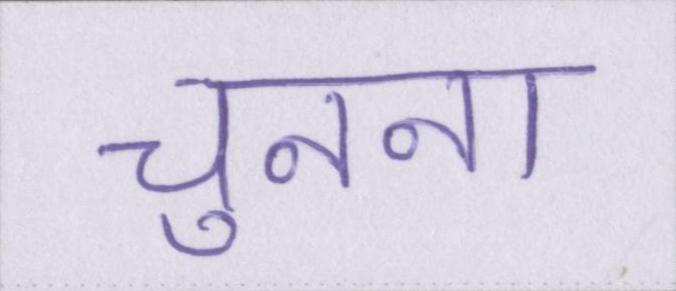
चुनना